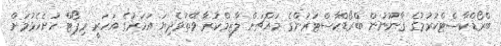
ބްރޯޑްކާސްޓްކުރުމުގެ ޤާނޫނުން ބްރޯޑްކާސްޓަރުންގެ މައްޗަށް ލާޒިމްކުރާ ވޭތުވެދިޔަ އަހަރުގެ އަހަރީ ރިޕޯޓް ހުށެހެޅުމަށް